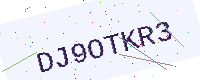
Text: DJ9OTKR3